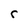
Character: r